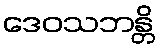
ဒေဝသဘန္တိ